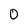
Character: 0